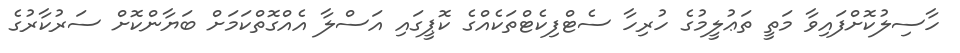
ހާސިލުކޮށްފައިވާ މަތީ ތަޢުލީމުގެ ހުރިހާ ސެޓްފިކެޓްތަކެއްގެ ކޮޕީގައި އަސްލާ އެއްގޮތްކަމަށް ބަޔާންކޮށް ސަރުކާރުގެ